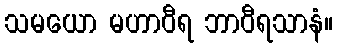
သမယော မဟာဝီရ ဘာဝီရသာနံ။